Annual statistical returns and brief notes on vaccination in Bengal - 1909-1929
Year: 1909
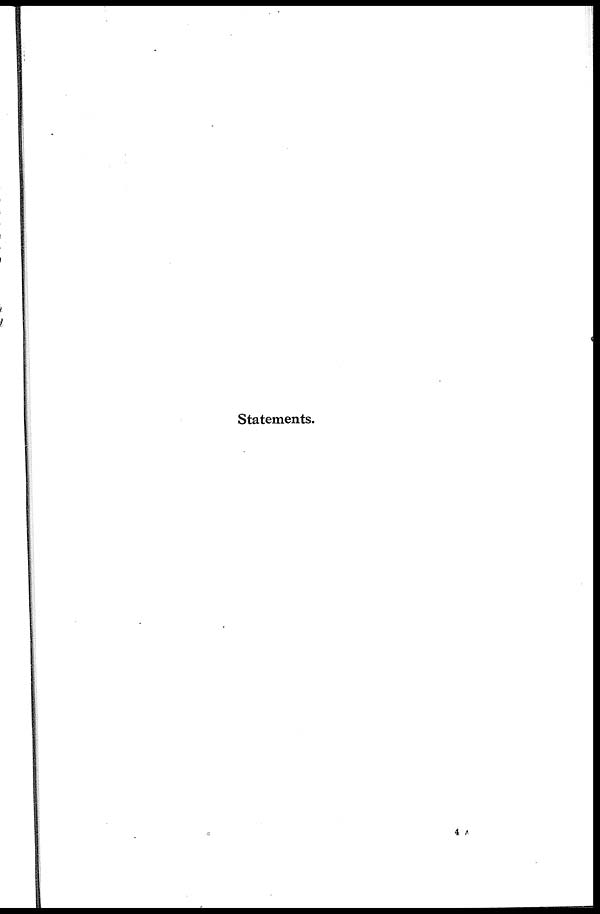
Statements.
4 A